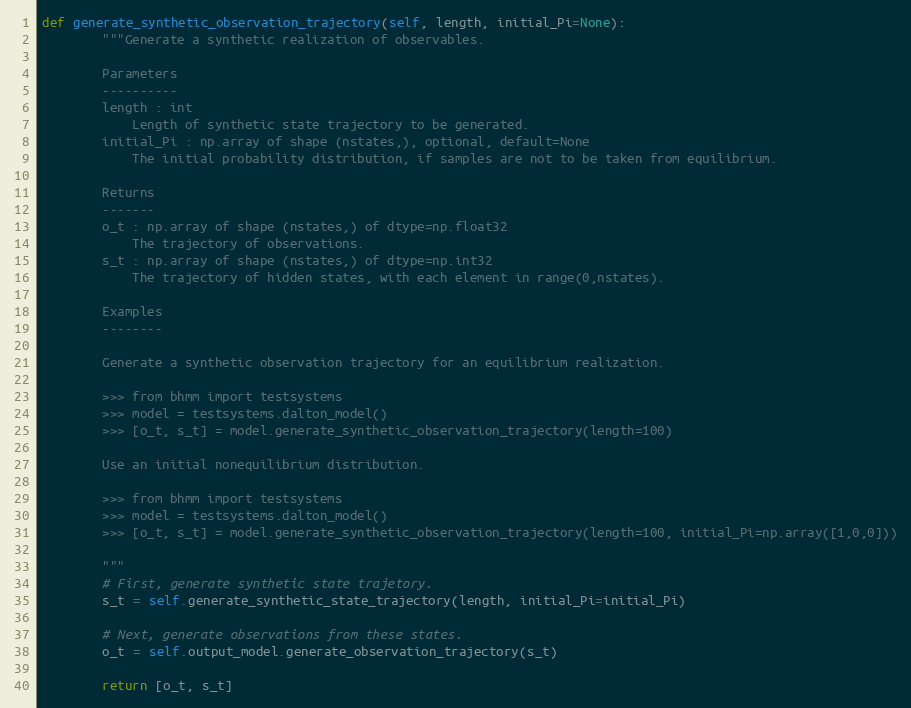
Language: Python
def generate_synthetic_observation_trajectory(self, length, initial_Pi=None):
        """Generate a synthetic realization of observables.

        Parameters
        ----------
        length : int
            Length of synthetic state trajectory to be generated.
        initial_Pi : np.array of shape (nstates,), optional, default=None
            The initial probability distribution, if samples are not to be taken from equilibrium.

        Returns
        -------
        o_t : np.array of shape (nstates,) of dtype=np.float32
            The trajectory of observations.
        s_t : np.array of shape (nstates,) of dtype=np.int32
            The trajectory of hidden states, with each element in range(0,nstates).

        Examples
        --------

        Generate a synthetic observation trajectory for an equilibrium realization.

        >>> from bhmm import testsystems
        >>> model = testsystems.dalton_model()
        >>> [o_t, s_t] = model.generate_synthetic_observation_trajectory(length=100)

        Use an initial nonequilibrium distribution.

        >>> from bhmm import testsystems
        >>> model = testsystems.dalton_model()
        >>> [o_t, s_t] = model.generate_synthetic_observation_trajectory(length=100, initial_Pi=np.array([1,0,0]))

        """
        # First, generate synthetic state trajetory.
        s_t = self.generate_synthetic_state_trajectory(length, initial_Pi=initial_Pi)

        # Next, generate observations from these states.
        o_t = self.output_model.generate_observation_trajectory(s_t)

        return [o_t, s_t]